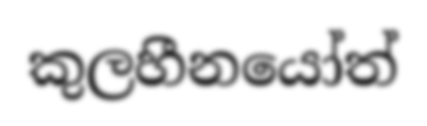
කුලහීනයෝත්